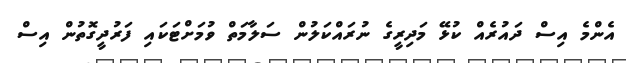
އެންމެ އިސް ދައުރެއް ކުޅޭ މަދިރީގެ ނުރައްކަލުން ސަލާމަތް ވުމަށްޓަކައި ފަރުދީގޮތުން އިސް